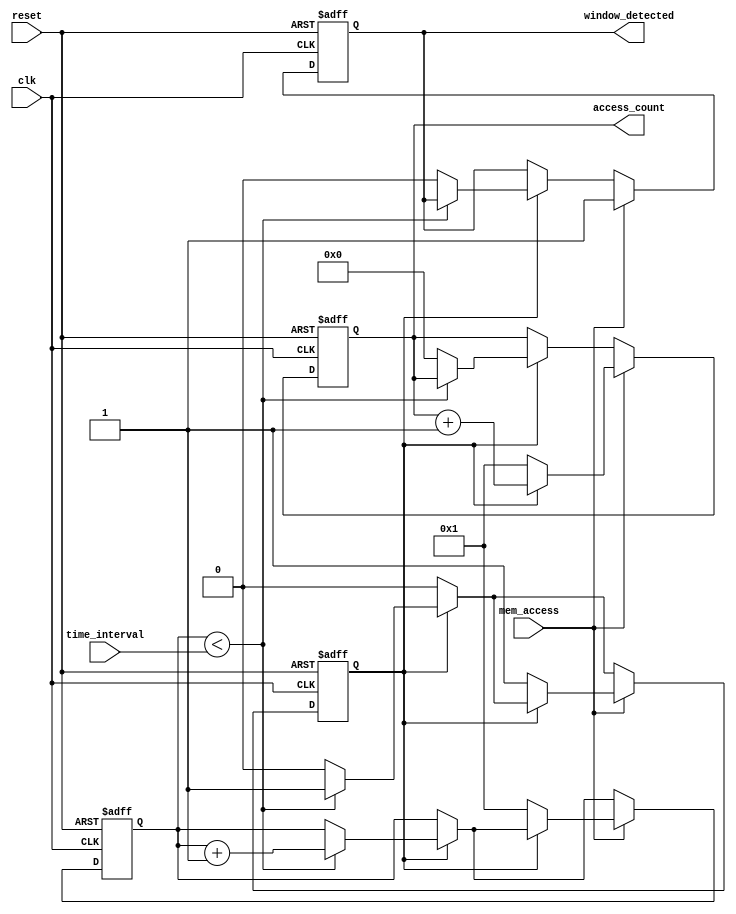
module MemoryBlocksTimeWindowDetector (
    input wire clk,
    input wire reset,
    input wire mem_access,
    input wire [7:0] time_interval, // Configurable time interval (in clock cycles)
    output reg window_detected,
    output reg [7:0] access_count
);

    reg [7:0] counter; // Counter for the time-window
    reg counting;      // State to indicate if we are counting

    // Asynchronous reset and counting logic
    always @(posedge clk or posedge reset) begin
        if (reset) begin
            counter <= 0;
            access_count <= 0;
            window_detected <= 0;
            counting <= 0;
        end else begin
            if (counting) begin
                // Increment counter if we are counting
                if (counter < time_interval) begin
                    counter <= counter + 1;
                end else begin
                    // Time-window expired
                    counting <= 0;
                    access_count <= 0; // Reset access count
                    window_detected <= 0; // Clear window detected flag
                end
            end
            
            // Detect memory access
            if (mem_access) begin
                if (!counting) begin
                    // Start counting if not already counting
                    counting <= 1;
                    counter <= 1; // Start counting from 1
                    access_count <= 1; // First access detected
                    window_detected <= 1; // Set window detected flag
                end else begin
                    // Increment access count if already counting
                    access_count <= access_count + 1;
                    window_detected <= 1; // Keep window detected flag high
                end
            end
        end
    end

endmodule